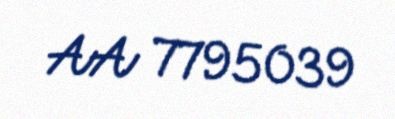
AA 7795039